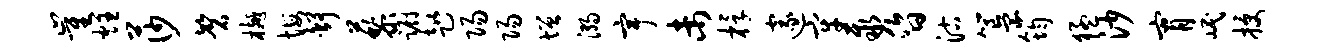
崔炷莎磬樾悔舒藜蹰趑阳阳增溺宇未桴邃牢聚昏沽簋筠猛沙宵岷授